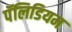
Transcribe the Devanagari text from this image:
पॅलिडियम